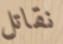
نقاتل